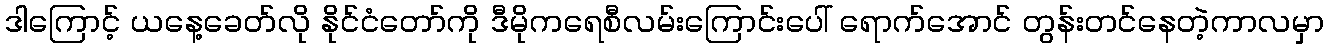
ဒါကြောင့် ယနေ့ခေတ်လို နိုင်ငံတော်ကို ဒီမိုကရေစီလမ်းကြောင်းပေါ် ရောက်အောင် တွန်းတင်နေတဲ့ကာလမှာ